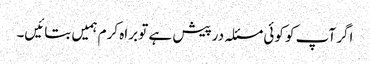
اگر آپ کو کوئی مسئلہ درپیش ہے تو براہ کرم ہمیں بتائیں۔